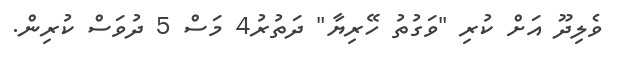
ވެލިދޫ އަށް ކުރި "ވަގުތު ހޭރިޔާ" ދަތުރު4 މަސް 5 ދުވަސް ކުރިން.